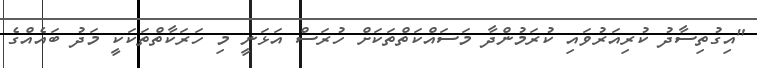
"އިގުތިސާދު ކުރިއަރުވައި ކުރަމުންދާ މަސައްކަތްތަކަށް ހުރަސް އަޅަނީ މި ހަރަކާތްތަކަކީ މަދު ބައެއްގެ